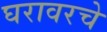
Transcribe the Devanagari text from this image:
घरावरचे